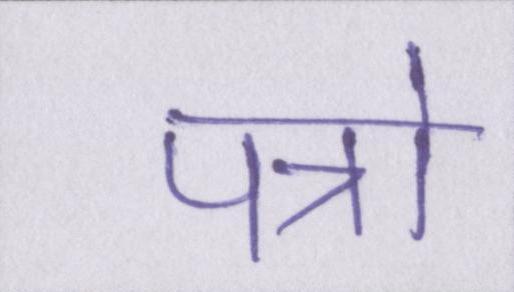
पत्रो